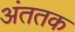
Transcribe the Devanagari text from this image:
अंततक